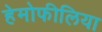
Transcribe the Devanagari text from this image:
हेमोफीलिया